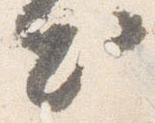
出